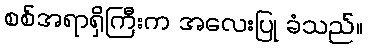
စစ်အရာရှိကြီးက အလေးပြု ခံသည်။